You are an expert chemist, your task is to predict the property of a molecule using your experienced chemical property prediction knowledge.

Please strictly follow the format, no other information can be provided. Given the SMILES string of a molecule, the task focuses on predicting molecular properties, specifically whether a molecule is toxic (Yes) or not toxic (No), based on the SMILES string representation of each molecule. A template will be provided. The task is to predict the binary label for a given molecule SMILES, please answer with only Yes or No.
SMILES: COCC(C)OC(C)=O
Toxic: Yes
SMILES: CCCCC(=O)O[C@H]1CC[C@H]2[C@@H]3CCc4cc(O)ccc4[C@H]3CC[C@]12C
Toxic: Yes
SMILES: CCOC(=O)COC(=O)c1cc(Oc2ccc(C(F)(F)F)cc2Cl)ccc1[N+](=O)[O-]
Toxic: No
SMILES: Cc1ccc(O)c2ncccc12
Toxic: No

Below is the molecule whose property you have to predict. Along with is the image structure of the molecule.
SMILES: CCCCCCCN(CC)CCCC(O)c1ccc(NS(C)(=O)=O)cc1.CCCCCCCN(CC)CCCC(O)c1ccc(NS(C)(=O)=O)cc1
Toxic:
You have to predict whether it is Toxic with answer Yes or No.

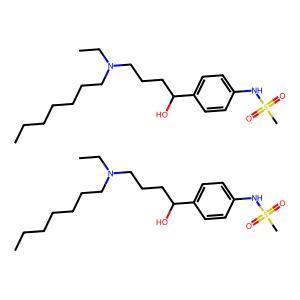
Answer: No